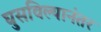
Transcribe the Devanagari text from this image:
घुसविल्यानंतर